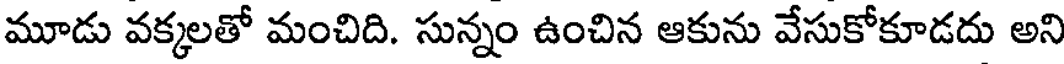
మూడు వక్కలతో మంచిది. సున్నం ఉంచిన ఆకును వేసుకోకూడదు అని